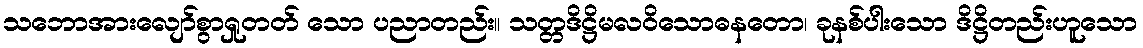
သဘောအားလျော်စွာရှုတတ် သော ပညာတည်း။ သတ္တဒိဋ္ဌိမလဝိသောဓနတော၊ ခုနစ်ပါးသော ဒိဋ္ဌိတည်းဟူသော